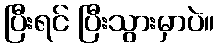
ပြီးရင် ပြီးသွားမှာပဲ။